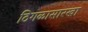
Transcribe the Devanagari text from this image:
ठिगळासारखा